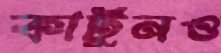
কার্টুনও